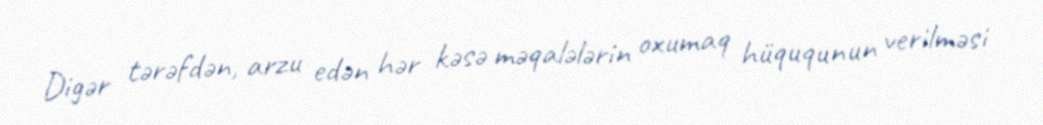
Digər tərəfdən, arzu edən hər kəsə məqalələrin oxumaq hüququnun verilməsi